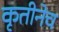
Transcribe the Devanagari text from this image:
कृतीनेच